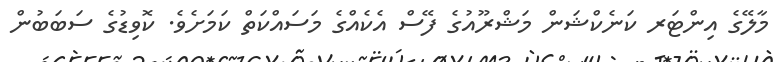
މާލޭގެ އިންޓަރ ކަނެކްޝަން މަޝްރޫއުގެ ފޭސް އެކެއްގެ މަސައްކަތް ކަމަށެވެ. ކޮވިޑުގެ ސަބަބުން